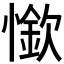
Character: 𰒏